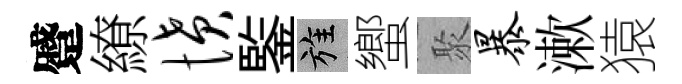
蹙繚愤鍳旌蠁聚暴漱猿